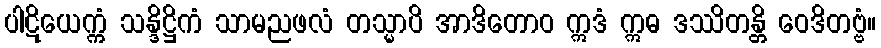
ပါဋိယေက္ကံ သန္ဒိဋ္ဌိကံ သာမညဖလံ တသ္မာပိ အာဒိတောဝ ဣဒံ ဣဓ ဒဿိတန္တိ ဝေဒိတဗ္ဗံ။